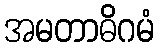
အမတာဓိဂမံ